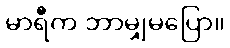
မာရီက ဘာမျှမပြော။